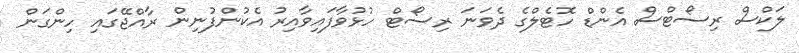
ލަކްސް ރިސޯޓްސް އެންޑް ހޮޓެލްގެ ދެވަނަ ރިސޯޓް ހުޅުވާފައިވާއިރު އެކުންފުނިން ރާއްޖޭގައި ހިންގަން